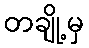
တချို့မှ